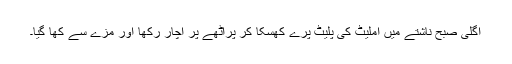
اگلی صبح ناشتے میں آملیٹ کی پلیٹ پرے کھسکا کر پراٹھے پر اچار رکھا اور مزے سے کھا گیا۔